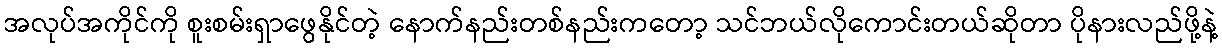
အလုပ်အကိုင်ကို စူးစမ်းရှာဖွေနိုင်တဲ့ နောက်နည်းတစ်နည်းကတော့ သင်ဘယ်လိုကောင်းတယ်ဆိုတာ ပိုနားလည်ဖို့နဲ့